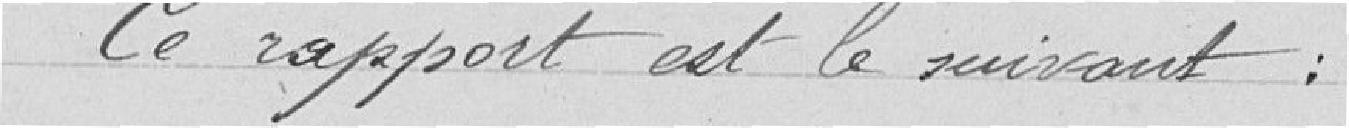
Ce rapport est le suivant: